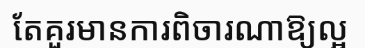
តែគួរមានការពិចារណាឱ្យល្អ